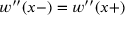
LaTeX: w ^ { \prime \prime } ( x - ) = w ^ { \prime \prime } ( x + )